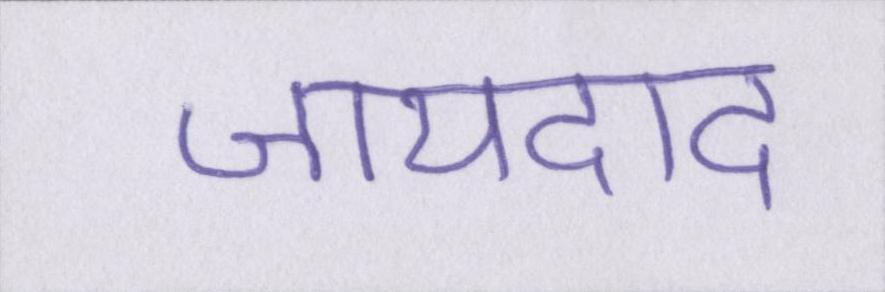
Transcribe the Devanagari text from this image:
जायदाद